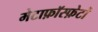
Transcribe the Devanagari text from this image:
मेटाफ़ॉस्फ़ेटों